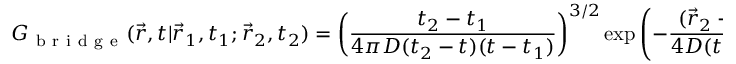
G _ { \mathrm { ~ b ~ r ~ i ~ d ~ g ~ e ~ } } ( \vec { r } , t | \vec { r } _ { 1 } , t _ { 1 } ; \vec { r } _ { 2 } , t _ { 2 } ) = \left( \frac { t _ { 2 } - t _ { 1 } } { 4 \pi D ( t _ { 2 } - t ) ( t - t _ { 1 } ) } \right) ^ { 3 / 2 } \exp \left( - \frac { ( \vec { r } _ { 2 } - \vec { r } ) ^ { 2 } } { 4 D ( t _ { 2 } - t ) } - \frac { ( \vec { r } - \vec { r } _ { 1 } ) ^ { 2 } } { 4 D ( t - t _ { 1 } ) } + \frac { ( \vec { r } _ { 2 } - \vec { r } _ { 1 } ) ^ { 2 } } { 4 D ( t _ { 2 } - t _ { 1 } ) } \right) ,